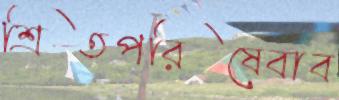
শ্রিতপরিষেবাব